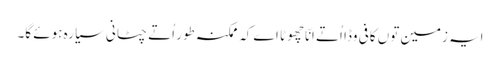
ایہ زمین تو‏ں کافی وڈا اُتے اِنّا چھوٹا اے کہ ممکنہ طور اُتے چٹانی سیارہ ہوئے گا۔